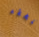
للخطة